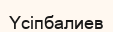
Үсіпбалиев